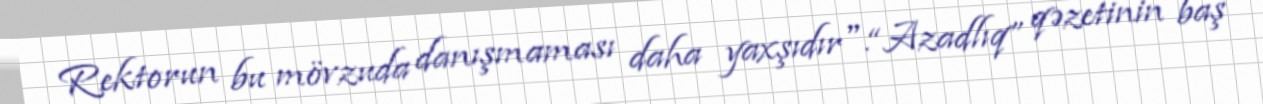
Rektorun bu mövzuda danışmaması daha yaxşıdır".“Azadlıq” qəzetinin baş